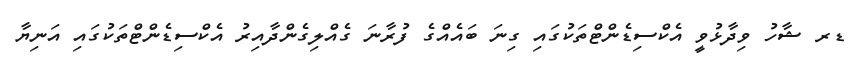
ޑރ ޝާހު ވިދާޅުވީ އެކްސިޑެންޓްތަކުގައި ގިނަ ބައެއްގެ ފުރާނަ ގެއްލިގެންދާއިރު އެކްސިޑެންޓްތަކުގައި އަނިޔާ